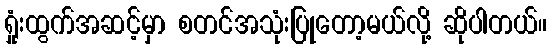
ရှုံးထွက်အဆင့်မှာ စတင်အသုံးပြုတော့မယ်လို့ ဆိုပါတယ်။